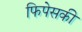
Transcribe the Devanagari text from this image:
फिपेसकी